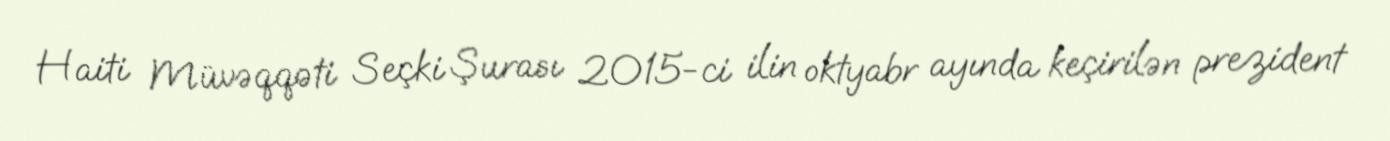
Haiti Müvəqqəti Seçki Şurası 2015-ci ilin oktyabr ayında keçirilən prezident